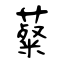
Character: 薒